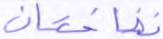
نضاختان